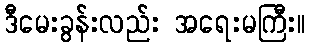
ဒီမေးခွန်းလည်း အရေးမကြီး။